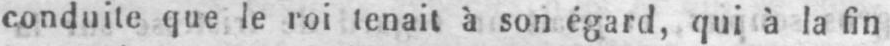
conduite que le roi tenait à son égard, qui à la fin